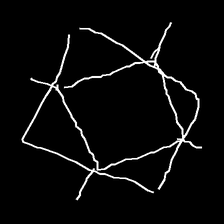
Glyph: light